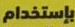
بإستخدام